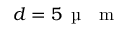
d = 5 \, \mathrm { ~ \textmu ~ { ~ } ~ m ~ }